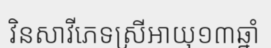
វិនសាវីភេទស្រីអាយុ១៣ឆ្នាំ